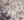
أريد